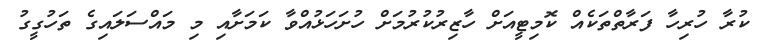
ކުރާ ހުރިހާ ފަރާތްތަކެއް ކޮމިޓީއަށް ހާޒިރުކުރުމަށް ހުށަހަޅުއްވާ ކަމަށާއި މި މައްސަލައިގެ ތަހުގީގު